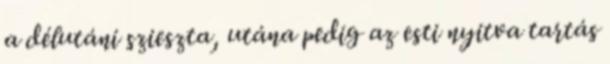
a délutáni szieszta, utána pedig az esti nyitva tartás